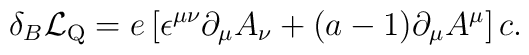
\delta_B {\cal L}_{\rm Q} = e\left[  \epsilon^{\mu\nu} \partial_\mu A_\nu +(a-1)  \partial_\mu A^\mu \right] c.